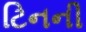
ટિનની